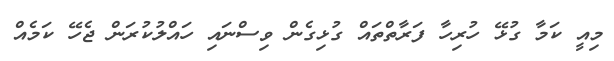
މިއީ ކަމާ ގުޅޭ ހުރިހާ ފަރާތްތައް ގުޅިގެން ވިސްނައި ހައްލުކުރަން ޖެހޭ ކަމެއް